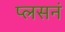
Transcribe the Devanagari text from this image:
प्लसनं